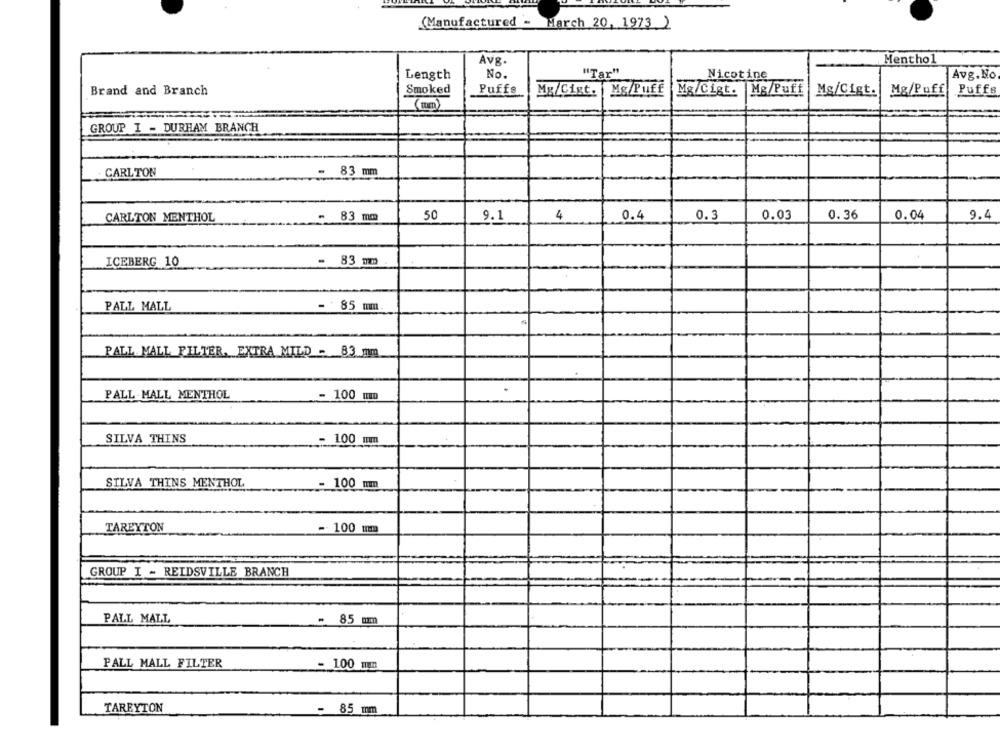
(Manufactured - March 20, 1973 )
Avg.
Menthol
Length
No.
"Tar"
Nicotine
Avg. No
Brand and Branch
Smoked
Puffs
Mg/Cigt. Mg/Puff Mg/Cigt. Mg/Puff
Mg/Cigt.
Mg/Puff
Puffe
GROUP I - DURHAM BRANCH
CARLTON
- 83 mm
CARLTON MENTHOL
- 83 mm
50
9.1
4
0.4
0.3
0.03
0.36
0.04
9.4
ICEBERG 10
- 83 mm
PALL MALL
- 85 mm
PALL MALL FILTER. EXTRA MILD - 83 mm
PALL MALL MENTHOL
- 100 mm
SILVA THINS
- 100 mm
SILVA THINS MENTHOL
- 100 mm
TAREYTON
-- 100 um
GROUP I - REIDSVILLE BRANCH
PALL MALL
- 85 mm
PALL MALL FILTER
- 100 un
TAREYTON
- 85 mm